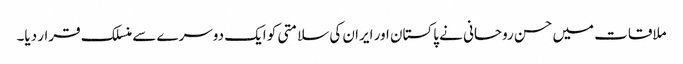
ملاقات میں حسن روحانی نے پاکستان اور ایران کی سلامتی کو ایک دوسرے سے منسلک قرار دیا۔